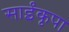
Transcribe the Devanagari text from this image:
साईंकृपा